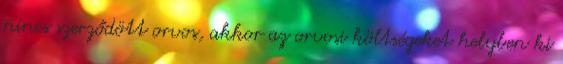
nincs szerződött orvos, akkor az orvosi költségeket helyben ki